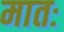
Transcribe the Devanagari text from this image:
मातः